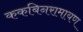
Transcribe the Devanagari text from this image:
ककबिनरामायण